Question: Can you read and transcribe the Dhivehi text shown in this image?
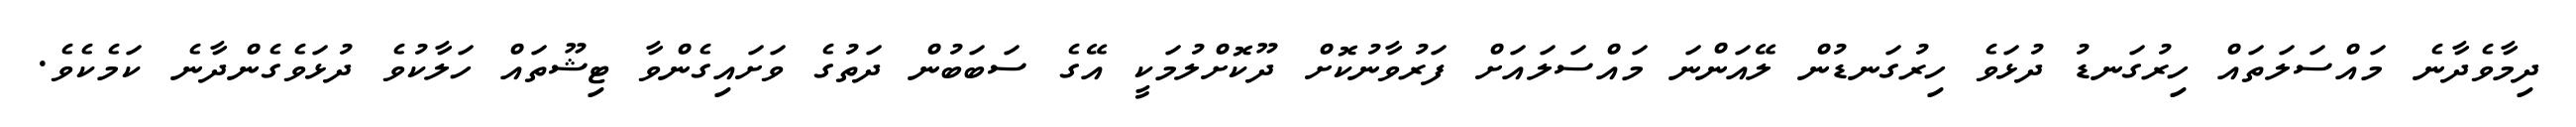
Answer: ދިމާވެދާނެ މައްސަލަތައް ހިރުގަނޑު ދުޅަވެ ހިރުގަނޑުން ލޭއަންނަ މައްސަލައަށް ފަރުވާނުކޮށް ދޫކޮށްލުމަކީ އޭގެ ސަބަބުން ދަތުގެ ވަށައިގެންވާ ޓިޝޫތައް ހަލާކުވެ ދުޅަވެގެންދާނެ ކަމެކެވެ.